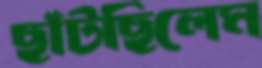
ছাঁটছিলেম